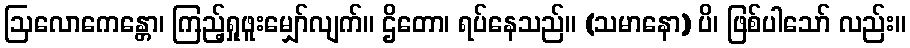
ဩလောကေန္တော၊ ကြည့်ရှုဖူးမျှော်လျက်။ ဌိတော၊ ရပ်နေသည်။ (သမာနော) ပိ၊ ဖြစ်ပါသော် လည်း။